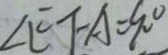
\angle E F A = 9 0 ^ { \circ }